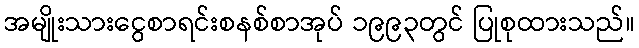
အမျိုးသားငွေစာရင်းစနစ်စာအုပ် ၁၉၉၃တွင် ပြုစုထားသည်။